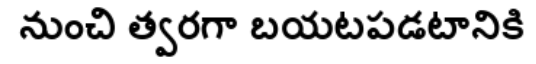
నుంచి త్వరగా బయటపడటానికి